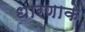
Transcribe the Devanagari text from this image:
धारणाके